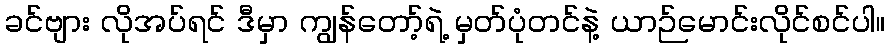
ခင်ဗျား လိုအပ်ရင် ဒီမှာ ကျွန်တော့်ရဲ့ မှတ်ပုံတင်နဲ့ ယာဉ်မောင်းလိုင်စင်ပါ။